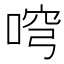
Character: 𠶥